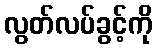
လွတ်လပ်ခွင့်ကို